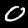
Label: 0